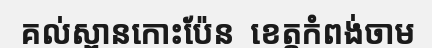
គល់ស្ពានកោះប៉ែន  ខេត្តកំពង់ចាម